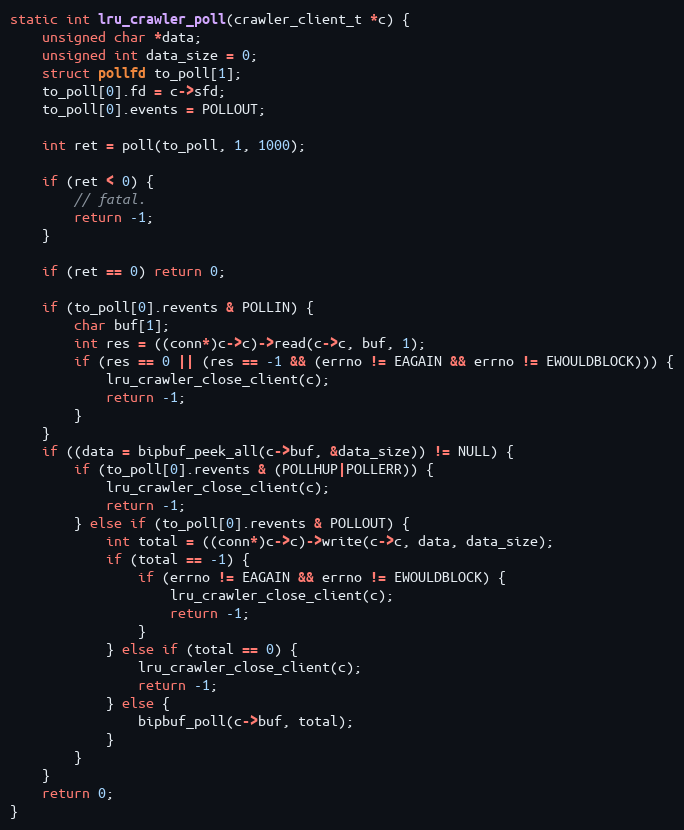
Language: C
static int lru_crawler_poll(crawler_client_t *c) {
    unsigned char *data;
    unsigned int data_size = 0;
    struct pollfd to_poll[1];
    to_poll[0].fd = c->sfd;
    to_poll[0].events = POLLOUT;

    int ret = poll(to_poll, 1, 1000);

    if (ret < 0) {
        // fatal.
        return -1;
    }

    if (ret == 0) return 0;

    if (to_poll[0].revents & POLLIN) {
        char buf[1];
        int res = ((conn*)c->c)->read(c->c, buf, 1);
        if (res == 0 || (res == -1 && (errno != EAGAIN && errno != EWOULDBLOCK))) {
            lru_crawler_close_client(c);
            return -1;
        }
    }
    if ((data = bipbuf_peek_all(c->buf, &data_size)) != NULL) {
        if (to_poll[0].revents & (POLLHUP|POLLERR)) {
            lru_crawler_close_client(c);
            return -1;
        } else if (to_poll[0].revents & POLLOUT) {
            int total = ((conn*)c->c)->write(c->c, data, data_size);
            if (total == -1) {
                if (errno != EAGAIN && errno != EWOULDBLOCK) {
                    lru_crawler_close_client(c);
                    return -1;
                }
            } else if (total == 0) {
                lru_crawler_close_client(c);
                return -1;
            } else {
                bipbuf_poll(c->buf, total);
            }
        }
    }
    return 0;
}